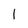
Character: 1